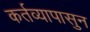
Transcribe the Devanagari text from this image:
कर्तव्यापासुन